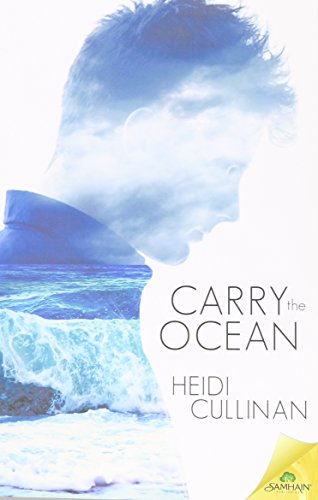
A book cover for Carry the Ocean; Heidi Cullinan; Romance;